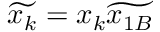
\widetilde { x _ { k } } = x _ { k } \widetilde { x _ { 1 B } }